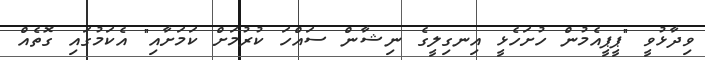
ވިދާޅުވީ "ޕީޕީއެމުން ހުށަހެޅީ އިނގިލީގެ ނިޝާން ސައްހަ ކުރުމަށް ކަމަށާއި" އެކަމުގައި ގޮތެއް